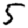
Digit: 5